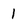
Character: 1